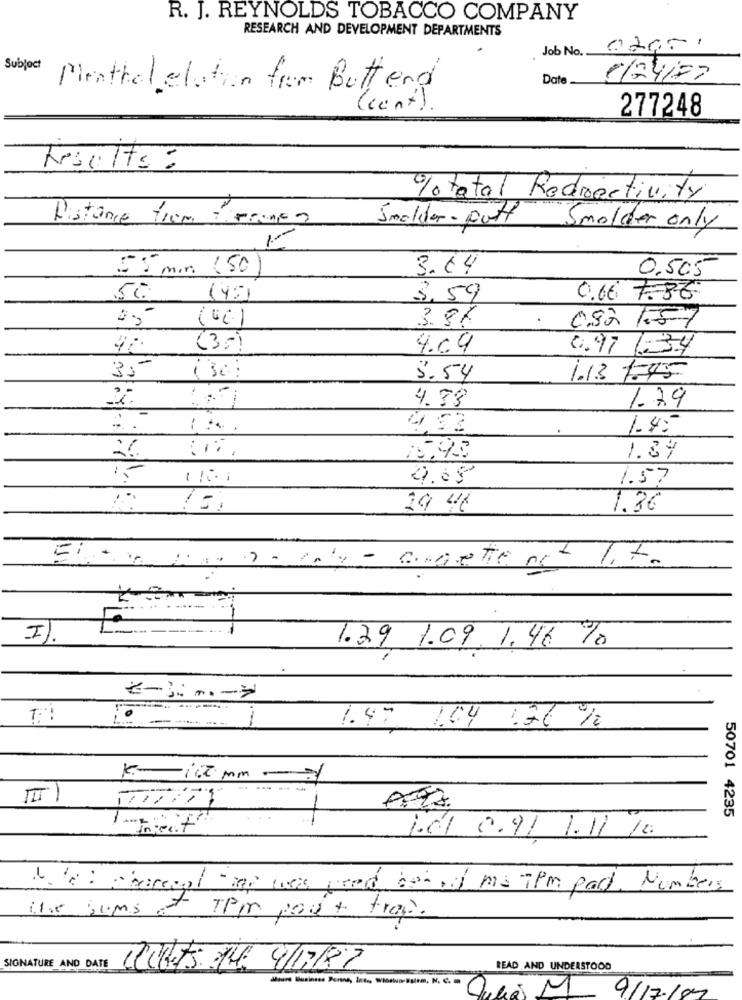
R. J. REYNOLDS TOBACCO COMPANY
RESEARCH AND DEVELOPMENT DEPARTMENTS
Job No. .
Subject
Date
1/24/77
Pirathel elation from Butt end
(cont).
277248
Results:
% total Redirectivity
Distance from ierunga
Smolder- putt
Smolder only
1-
55 min (50
3.64
0,505
50
(45)
5.59
0.66 7.86
3.8K
082 1.57
(35)
4.09
0.97
1.34
35
-
3.54
1.13 1.45
4.33
1.79
-
4.53
.
1.4:
15.98
1.89
-
4.69
1.57
29 4€
1.36
angetie not 1.t.
I).
1.29 1.09. 1.46 %
1:
1
1.97
1.04 :36 %
K -- 10 mm - 1
IIII
50701 4235
--
"Inject
101 0.91 1.11 10.
Note: procesal map was feed bon in ms 7PM pad. Numbers
the sums + TPM pod + trap.
SIGNATURE AND DATE
(outs 1 4/17/87
READ AND UNDERSTOOD
9/17/87